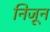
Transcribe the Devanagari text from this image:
निजून